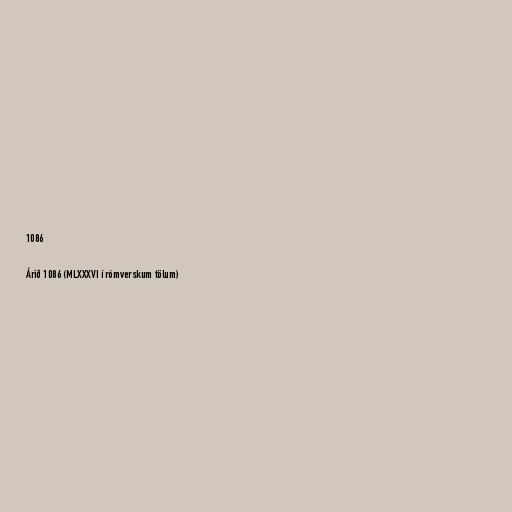
1086

Árið 1086 (MLXXXVI í rómverskum tölum)